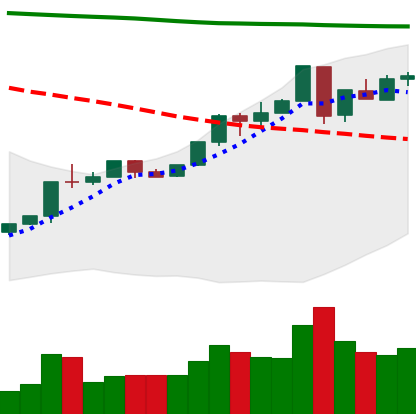
Ticker: ETH-USD
Chart end date: 2018-04-29
Forward return: 14.043%
Label: up_7plus